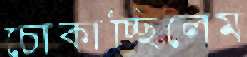
চোকাচ্ছিলেম